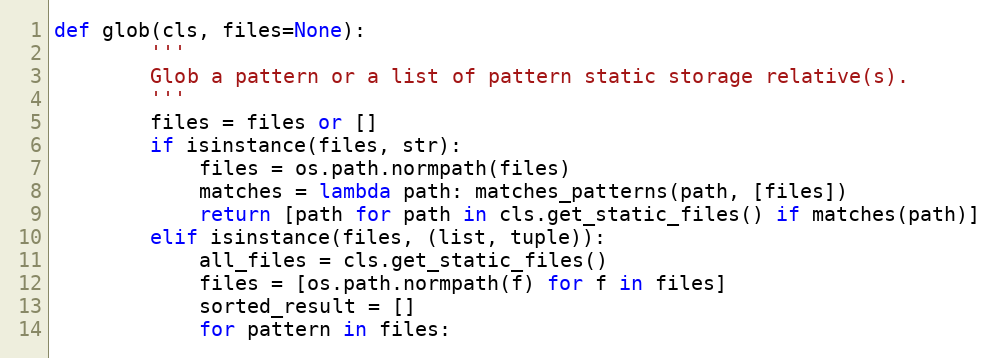
Language: Python
def glob(cls, files=None):
        '''
        Glob a pattern or a list of pattern static storage relative(s).
        '''
        files = files or []
        if isinstance(files, str):
            files = os.path.normpath(files)
            matches = lambda path: matches_patterns(path, [files])
            return [path for path in cls.get_static_files() if matches(path)]
        elif isinstance(files, (list, tuple)):
            all_files = cls.get_static_files()
            files = [os.path.normpath(f) for f in files]
            sorted_result = []
            for pattern in files: